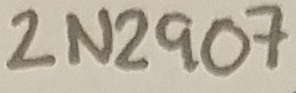
Text: 2N2907